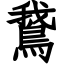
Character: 鵞